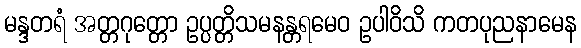
မန္ဒတရံ အတ္တဂုတ္တော ဥပ္ပတ္တိသမနန္တရမေဝ ဥပါဝိသိ ကတပုညနာမေန